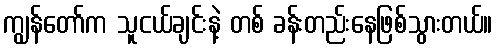
ကျွန်တော်က သူငယ်ချင်းနဲ့ တစ် ခန်းတည်းနေဖြစ်သွားတယ်။